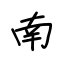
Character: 南